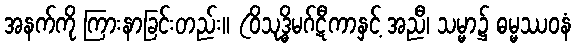
အနက်ကို ကြားနာခြင်းတည်း။ (ဝိသုဒ္ဓိမဂ်ဋီကာနှင့် အညီ၊ သမ္မာ၌ ဓမ္မဿဝနံ